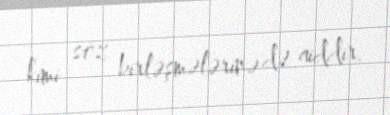
kimi söz birləşmələrinə də aiddir.